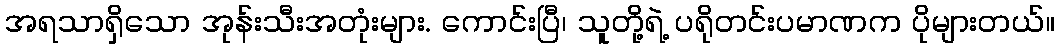
အရသာရှိသော အုန်းသီးအတုံးများ. ကောင်းပြီ၊ သူတို့ရဲ့ ပရိုတင်းပမာဏက ပိုများတယ်။